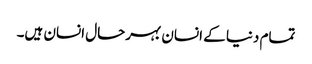
تمام دنیا کے انسان بہرحال انسان ہیں۔